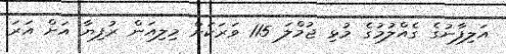
އަލިފާނުގެ ގެއްލުމުގެ މުޅި ޖުމްލަ 115 ވަރަކަށް މިލިއަން ރުފިޔާ އަށް އަރަ